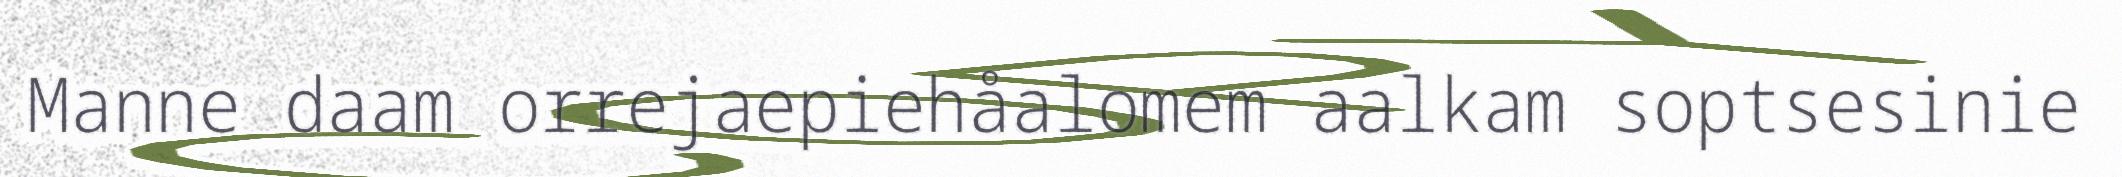
Manne daam orrejaepiehåalomem aalkam soptsesinie